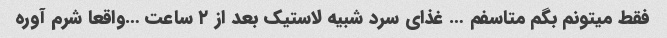
فقط میتونم بگم متاسفم … غذای سرد شبیه لاستیک بعد از ۲ ساعت …واقعا شرم آوره